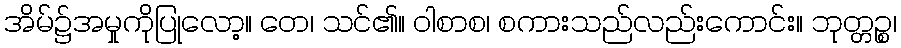
အိမ်၌အမှုကိုပြုလော့။ တေ၊ သင်၏။ ဝါစာစ၊ စကားသည်လည်းကောင်း။ ဘုတ္တဉ္စ၊